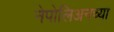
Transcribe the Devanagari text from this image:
नेपोलिअनच्या